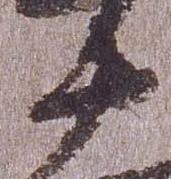
十